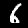
Label: 6